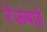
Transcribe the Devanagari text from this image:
रेऊबाई